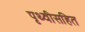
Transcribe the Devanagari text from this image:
पृथ्वीसहित